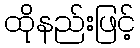
ထိုနည်းဖြင့်